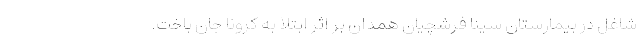
شاغل در بیمارستان سینا فرشچیان همدان بر اثر ابتلا به کرونا جان باخت.